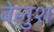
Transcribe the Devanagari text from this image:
बेलुश